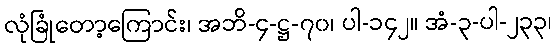
လုံခြုံတော့ကြောင်း၊ အဘိ-၄-ဋ္ဌ-၇၀၊ ပါ-၁၄၂။ အံ-၃-ပါ-၂၃၃၊